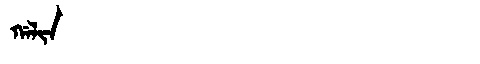
Manchu: ᡤᠠᠯᡳᠨ
Romanization: GALIN